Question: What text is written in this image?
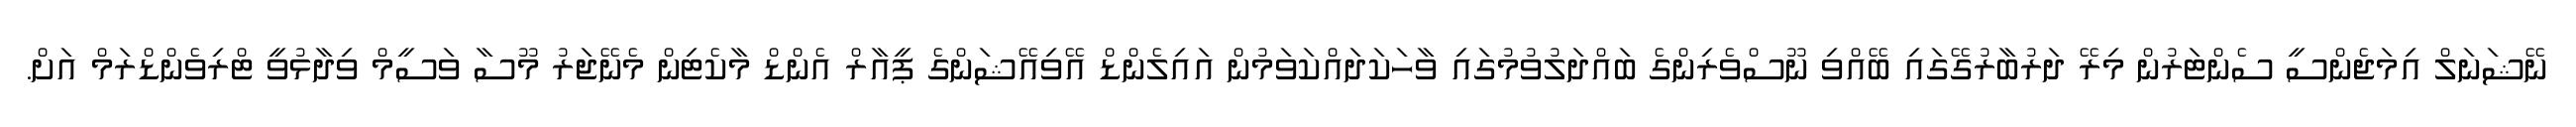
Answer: ނޭޝަނަލް އިމަޖެންސީ ސެންޓަރުން މިރޭ ދަރުބާރުގޭގައި ބޭއްވި ނޫސްވެރިންގެ ބައްދަލުވުމުގައި ވާހަކަދައްކަވަމުން އައިލެންޑް އޭވިއޭޝަންގެ ޕީއާރް އެންޑް މާކެޓިން މެނޭޖަރު މޫސާ ވަސީމް ވިދާޅުވީ ޓްރިވެންޑްރަމް އަށް.